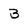
Character: B